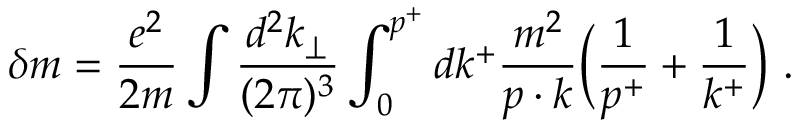
\delta m = { \frac { e ^ { 2 } } { 2 m } } \int { \frac { d ^ { 2 } k _ { \perp } } { ( 2 \pi ) ^ { 3 } } } \int _ { 0 } ^ { p ^ { + } } d k ^ { + } { \frac { m ^ { 2 } } { p \cdot k } } \Big ( { \frac { 1 } { p ^ { + } } } + { \frac { 1 } { k ^ { + } } } \Big ) \ .